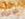
تذكرة